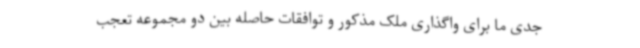
جدی ما برای واگذاری ملک مذکور و توافقات حاصله بین دو مجموعه تعجب‌